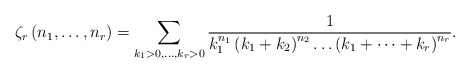
\begin{align*}\zeta_{r}\left(n_{1},\dots,n_{r}\right)=\sum_{k_{1}>0,\dots,k_{r}>0}\frac{1}{k_{1}^{n_{1}}\left(k_{1}+k_{2}\right)^{n_{2}}\dots\left(k_{1}+\dots+k_{r}\right)^{n_{r}}}.\end{align*}